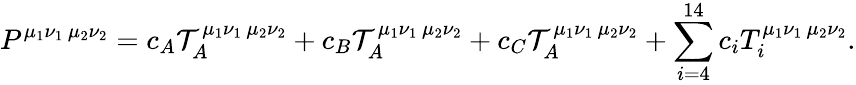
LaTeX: P^{\mu_{1}\nu_{1}\, \mu_{2}\nu_{2}}=c_{A}{\cal T}_{A}^{\mu_{1}\nu_{1}\, \mu_{2}\nu_{2}}+c_{B}{\cal T}_{A}^{\mu_{1}\nu_{1}\, \mu_{2}\nu_{2}}+c_{C}{\cal T}_{A}^{\mu_{1}\nu_{1}\, \mu_{2}\nu_{2}}+\sum_{i=4}^{14}c_{i}T_{i}^{\mu_{1}\nu_{1}\, \mu_{2}\nu_{2}}.